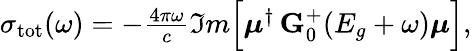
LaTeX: \begin{array}{r}{\sigma_{\mathrm{tot}}(\omega)=-\frac{4\pi\omega}{c}\Im m\Big[\boldsymbol{\mu}^{\dagger}\, \mathbf{G}_{0}^{+}(E_{g}+\omega)\boldsymbol{\mu}\Big],}\end{array}